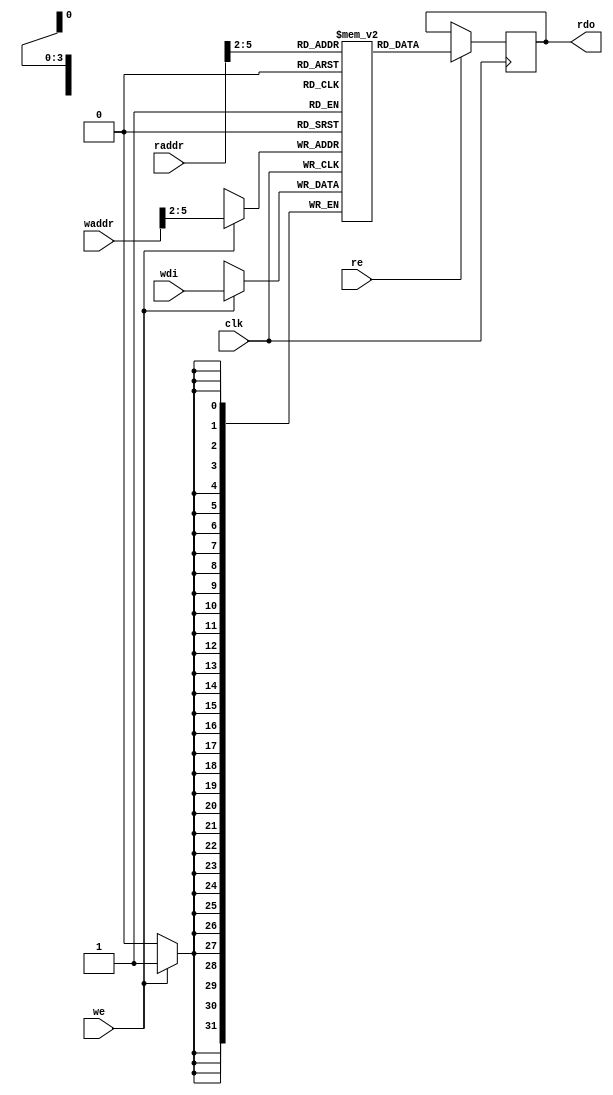
`default_nettype wire
module bram11 (clk, we, re, waddr, raddr, wdi, rdo);
    parameter ADDR_WIDTH = 12;
    parameter SIZE = 11;
    parameter BIT_WIDTH = 32;
    input                          clk;
    input                          we, re;
    input [ADDR_WIDTH-1:0]         waddr, raddr;
    input [BIT_WIDTH-1:0]          wdi;
    output reg [BIT_WIDTH-1:0]     rdo;
    reg [BIT_WIDTH-1:0] RAM [SIZE-1:0];
    
    always @(posedge clk)begin
        if(re) rdo <= RAM[raddr>>2];
    end
    
    always @(posedge clk)begin
        if(we) RAM[waddr>>2] <= wdi;
    end
    
endmodule